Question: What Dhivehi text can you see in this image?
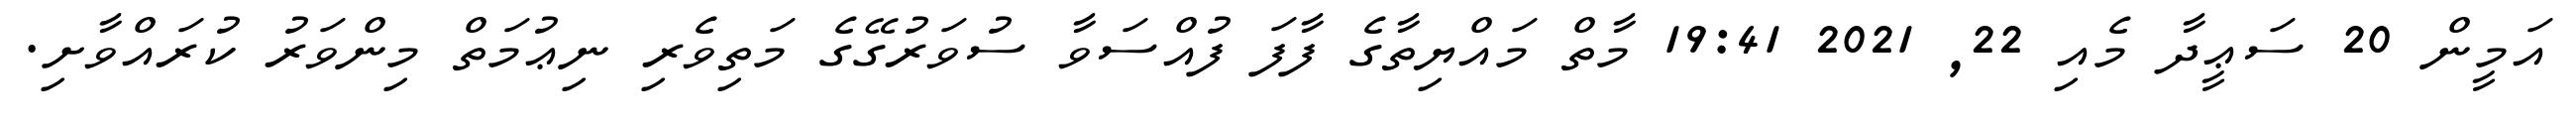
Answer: އަމީން 20 ސަޢީދާ މެއި 22, 2021 19:41 މާތް މައްޔިތާގެ ފާފަ ފުއްސަވާ ސުވަރުގޭގެ މަތިވެރި ނިޢުމަތް މިންވަރު ކުރައްވާށި.